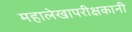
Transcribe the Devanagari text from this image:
महालेखापरीक्षकानी